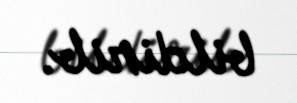
bildirib.